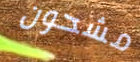
مشحون